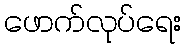
ဖောက်လုပ်ရေး